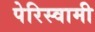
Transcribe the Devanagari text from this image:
पेरिस्वामी